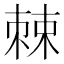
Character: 𪲸